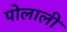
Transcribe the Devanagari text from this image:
पोलाली